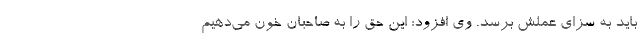
باید به سزای عملش برسد. وی افزود: این حق را به صاحبان خون می‌دهیم